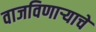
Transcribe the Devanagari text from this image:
वाजविणाऱ्याचे